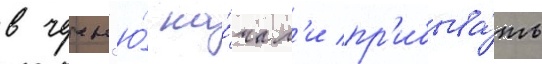
в чечн'ю́ на́чал'и пр'ибыва́ть